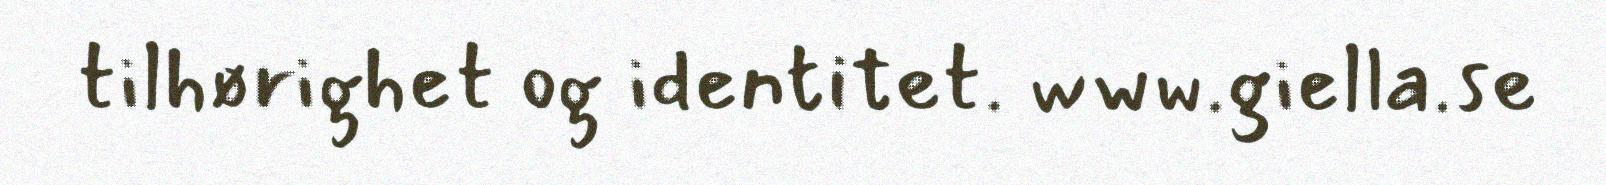
tilhørighet og identitet. www.giella.se